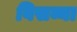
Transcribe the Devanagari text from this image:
विसव्या